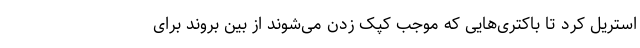
استریل کرد تا باکتری‌هایی که موجب کپک زدن می‌شوند از بین بروند برای